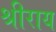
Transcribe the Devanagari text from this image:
श्रीराय